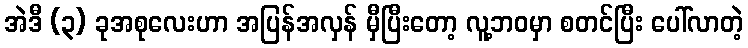
အဲဒီ (၃) ခုအစုလေးဟာ အပြန်အလှန် မှီပြီးတော့ လူ့ဘဝမှာ စတင်ပြီး ပေါ်လာတဲ့